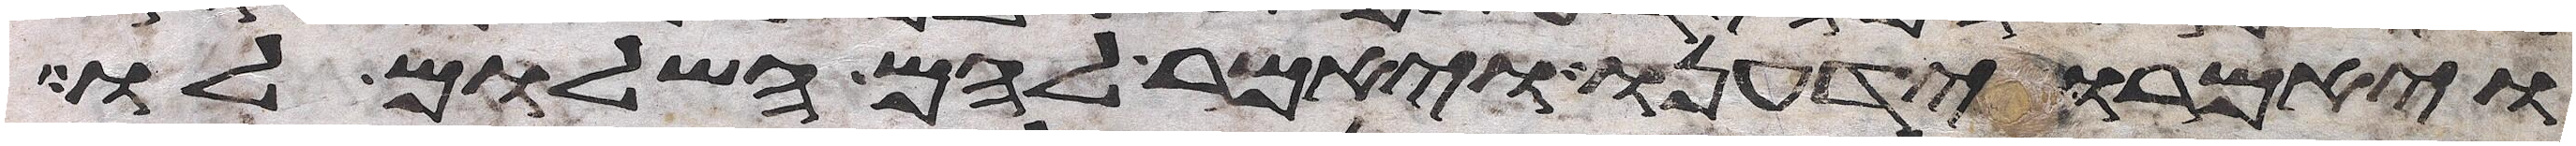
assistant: ויאמרו ידענו ויאמר להם השלום לו